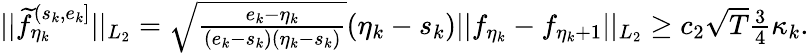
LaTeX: \begin{array}{r}{\vert\vert\widetilde f_{\eta_{k}}^{(s_{k},e_{k}]}\vert\vert_{L_{2}}=\sqrt{\frac{e_{k}-\eta_{k}}{(e_{k}-s_{k})(\eta_{k}-s_{k})}}(\eta_{k}-s_{k})\vert\vert f_{\eta_{k}}-f_{\eta_{k}+1}\vert\vert_{L_{2}}\ge c_{2}\sqrt{T}\frac{3}{4}\kappa_{k}.}\end{array}